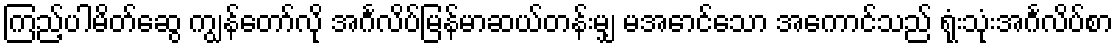
ကြည့်ပါမိတ်ဆွေ ကျွန်တော်လို အင်္ဂလိပ်မြန်မာဆယ်တန်းမျှ မအောင်သော အကောင်သည် ရုံးသုံးအင်္ဂလိပ်စာ